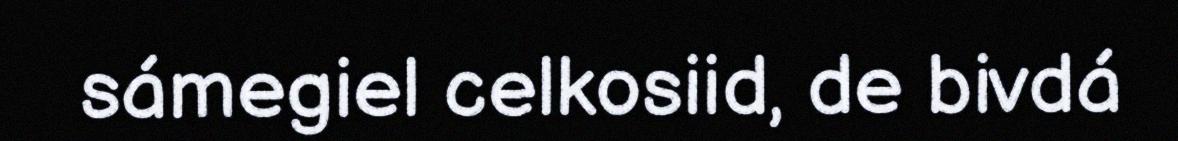
sámegiel celkosiid, de bivdá